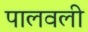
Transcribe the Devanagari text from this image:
पालवली